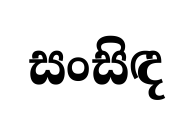
සංසිඳ